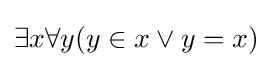
\exists x\forall y(y\in x\lor y=x)